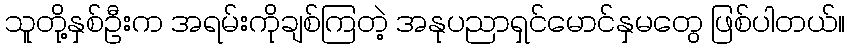
သူတို့နှစ်ဦးက အရမ်းကိုချစ်ကြတဲ့ အနုပညာရှင်မောင်နှမတွေ ဖြစ်ပါတယ်။